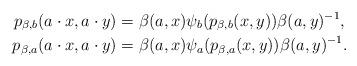
LaTeX: \begin{align*} p_{\beta,b}(a\cdot x,a\cdot y)&= \beta(a,x)\psi_b(p_{\beta,b}(x,y))\beta(a,y)^{-1},\qquad\\ p_{\beta,a}(a\cdot x,a\cdot y)&=\beta(a,x)\psi_a(p_{\beta,a}(x,y))\beta(a,y)^{-1}.\end{align*}